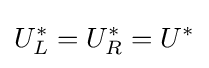
U_{L}^{\ast }=U_{R}^{\ast }=U^{\ast }